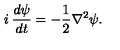
i \: \frac { d \psi } { d t } = - \frac { 1 } { 2 } \nabla ^ { 2 } \psi .